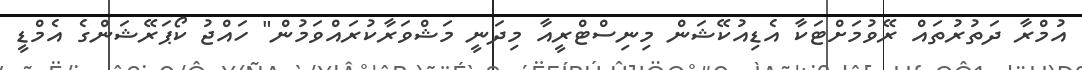
އުމްރާ ދަތުރުތައް ރޭވުމަށްޓަކާ އެޑިއުކޭޝަން މިނިސްޓްރީއާ މިދަނީ މަޝްވަރާކުރައްވަމުން" ހައްޖު ކޯޕަރޭޝަންގެ އެމްޑީ